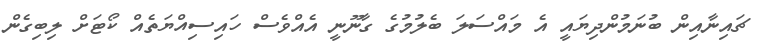
ޗައިނާއިން ބުނަމުންދިޔައީ އެ މައްސަލަ ބެލުމުގެ ގާނޫނީ އެއްވެސް ހައިސިއްޔަތެއް ކޯޓަށް ލިބިގެން